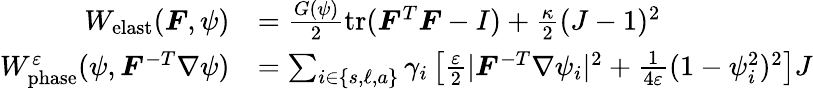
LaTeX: \begin{array}{rl}{W_{\mathrm{elast}}(\boldsymbol{F},\psi)}&{=\frac{G(\psi)}{2}\mathrm{tr}(\boldsymbol{F}^{T}\boldsymbol{F}-I)+\frac{\kappa}{2}(J-1)^{2}}\\ {W_{\mathrm{phase}}^{\varepsilon}(\psi,\boldsymbol{F}^{-T}\nabla\psi)}&{=\sum_{i\in\{ s,\ell,a\} }\gamma_{i}\left[\frac{\varepsilon}{2}|\boldsymbol{F}^{-T}\nabla\psi_{i}|^{2}+\frac{1}{4\varepsilon}(1-\psi_{i}^{2})^{2}\right]J}\end{array}